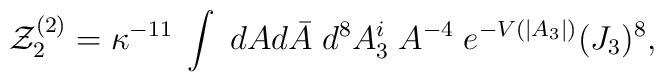
{\cal Z}^{(2)}_2 = \kappa^{-11} \;\int    \; dA d\bar A\; d^8 A_3^i\;  A^{-4}  \;e^{-V(|A_3|)} (J_3)^8,